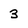
Character: 3